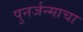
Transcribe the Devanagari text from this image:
पुनर्जन्माचा